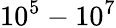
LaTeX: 10^{5}-10^{7}